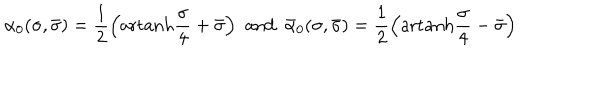
LaTeX: \alpha _ { 0 } ( \sigma , \bar { \sigma } ) = \frac { 1 } { 2 } \left( \mathrm { a r t a n h } \frac { \sigma } { 4 } + \bar { \sigma } \right) \, \, \mathrm { a n d } \, \, \, \bar { \alpha } _ { 0 } ( \sigma , \bar { \sigma } ) = \frac { 1 } { 2 } \left( \mathrm { a r t a n h } \frac { \sigma } { 4 } - \bar { \sigma } \right)